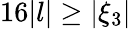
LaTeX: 16|l|\geq|\xi_{3}|